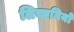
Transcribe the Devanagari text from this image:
लिच्छवियो